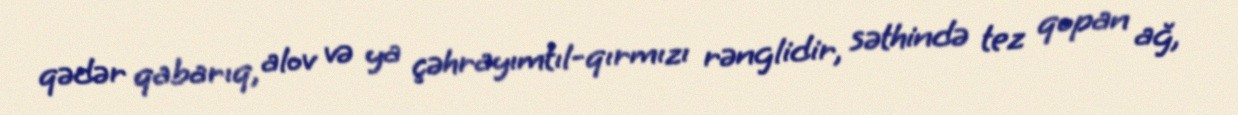
qədər qabarıq, alov və ya çəhrayımtıl-qırmızı rənglidir, səthində tez qopan ağ,